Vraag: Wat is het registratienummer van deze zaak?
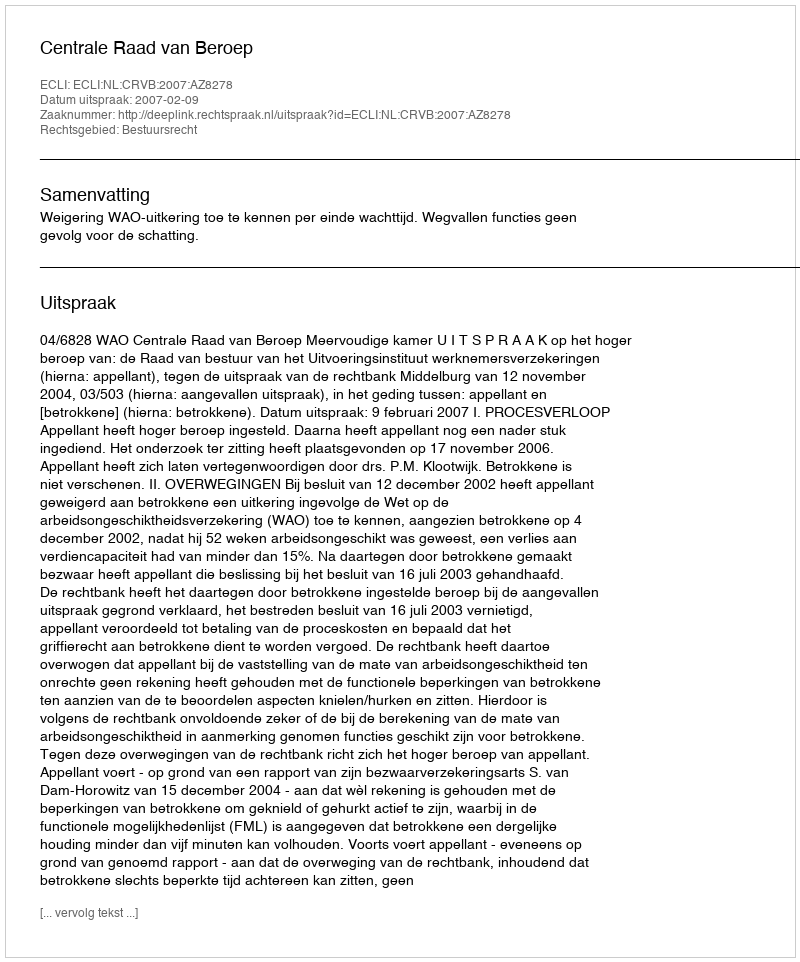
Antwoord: http://deeplink.rechtspraak.nl/uitspraak?id=ECLI:NL:CRVB:2007:AZ8278